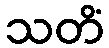
သတိံ